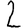
Digit: 2